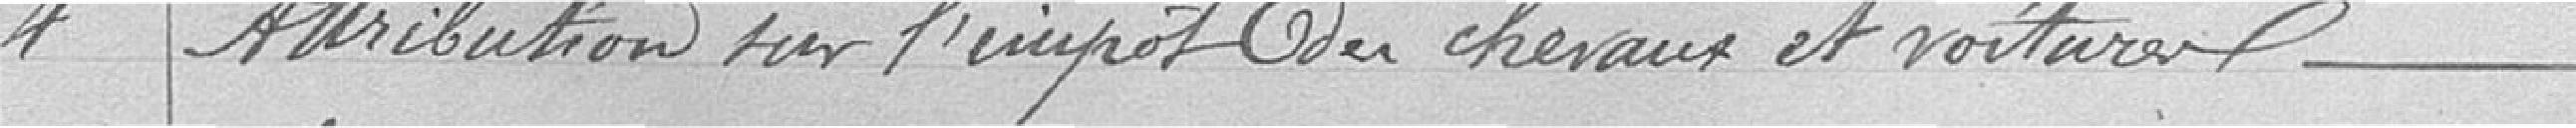
4 / Attribution sur l'import des chevaux et voitures